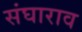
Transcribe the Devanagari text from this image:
संघाराव